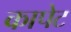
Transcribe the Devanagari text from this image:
कापेट